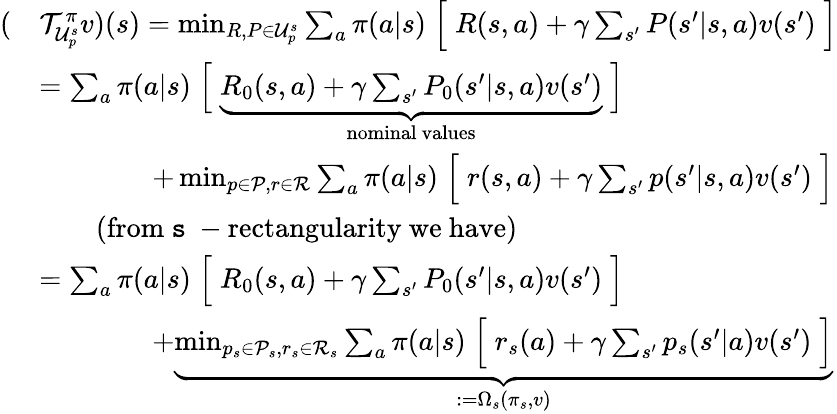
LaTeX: \begin{array}{rl}{(}&{\mathcal{T}_{\mathcal{U}_{p}^{s}}^{\pi}v)(s)=\operatorname*{min}_{{R,P\in\mathcal{U}_{p}^{s}}}\sum_{a}\pi(a|s)\Bigm[R(s,a)+\gamma\sum_{s^{\prime}}P(s^{\prime}|s,a)v(s^{\prime})\Bigm]}\\ &{=\sum_{a}\pi(a|s)\Bigm[\underbrace{R_{0}(s,a)+\gamma\sum_{s^{\prime}}P_{0}(s^{\prime}|s,a)v(s^{\prime})}_{\mathrm{nominal~values}}\Bigm]}\\ &{\qquad\qquad+\operatorname*{min}_{{p\in\mathcal{P}},r\in\mathcal{R}}\sum_{a}\pi(a|s)\Bigm[r(s,a)+\gamma\sum_{s^{\prime}}p(s^{\prime}|s,a)v(s^{\prime})\Bigm]}\\ &{\qquad\mathrm{(from~\mathtt{s}~-rectangularity~we~have)}}\\ &{=\sum_{a}\pi(a|s)\Bigm[R_{0}(s,a)+\gamma\sum_{s^{\prime}}P_{0}(s^{\prime}|s,a)v(s^{\prime})\Bigm]}\\ &{\qquad\qquad+\underbrace{\operatorname*{min}_{{p_{s}\in\mathcal{P}_{s}},r_{s}\in\mathcal{R}_{s}}\sum_{a}\pi(a|s)\Bigm[r_{s}(a)+\gamma\sum_{s^{\prime}}p_{s}(s^{\prime}|a)v(s^{\prime})\Bigm]}_{:=\Omega_{s}(\pi_{s},v)}}\end{array}